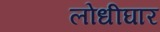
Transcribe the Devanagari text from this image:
लोधीघार